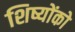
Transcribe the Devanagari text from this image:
शिष्योंको